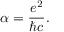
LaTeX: \alpha = { \frac { e ^ { 2 } } { \hbar c } } .